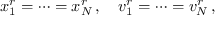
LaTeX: x _ { 1 } ^ { r } = \cdots = x _ { N } ^ { r } \, , \quad v _ { 1 } ^ { r } = \cdots = v _ { N } ^ { r } \, ,